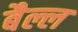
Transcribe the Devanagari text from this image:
बैल्ल